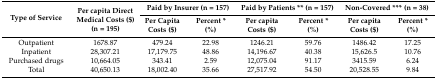
<table><thead><tr><td rowspan="2"><b>Type of Service</b></td><td rowspan="2"><b>Per capita Direct Medical Costs ($) (n = 195)</b></td><td colspan="2"><b>Paid by Insurer (n = 157)</b></td><td colspan="2"><b>Paid by Patients ** (n = 157)</b></td><td colspan="2"><b>Non-Covered *** (n = 38)</b></td></tr><tr><td><b>Per Capita Costs ($)</b></td><td><b>Percent * (%)</b></td><td><b>Per capita Costs ($)</b></td><td><b>Percent * (%)</b></td><td><b>Per capita Costs ($)</b></td><td><b>Percent * (%)</b></td></tr></thead><tbody><tr><td>Outpatient</td><td>1678.87</td><td>479.24</td><td>22.98</td><td>1246.21</td><td>59.76</td><td>1486.42</td><td>17.25</td></tr><tr><td>Inpatient</td><td>28,307.21</td><td>17,179.75</td><td>48.86</td><td>14,196.67</td><td>40.38</td><td>15,626.5</td><td>10.76</td></tr><tr><td>Purchased drugs</td><td>10,664.05</td><td>343.41</td><td>2.59</td><td>12,075.04</td><td>91.17</td><td>3415.59</td><td>6.24</td></tr><tr><td>Total</td><td>40,650.13</td><td>18,002.40</td><td>35.66</td><td>27,517.92</td><td>54.50</td><td>20,528.55</td><td>9.84</td></tr></tbody></table>